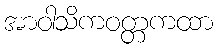
အာဝါသိကဝတ္တကထာ